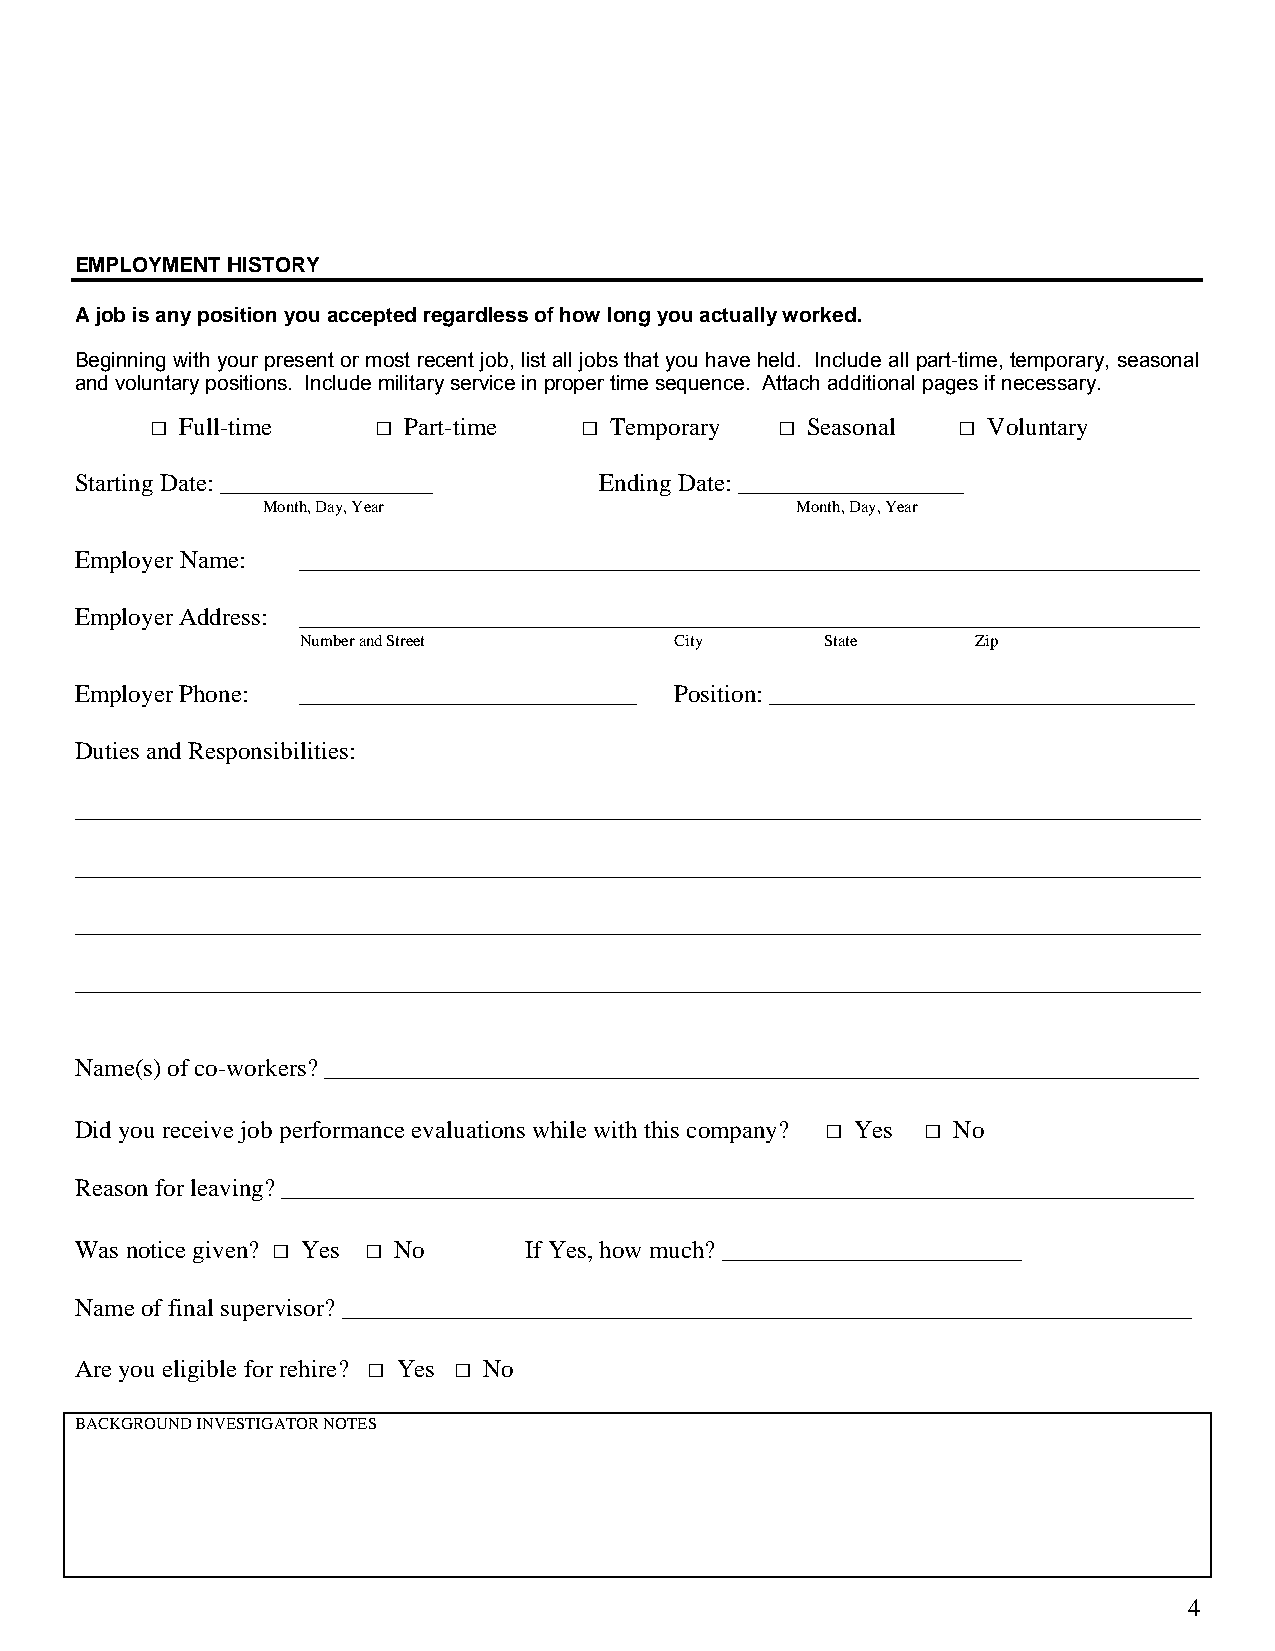
EMPLOYMENT HISTORY
 A job is any position you accepted regardless of how long you actually worked.
 Beginning with your present or most recent job, list all jobs that you have held. Include all part-time, temporary, seasonal
 and voluntary positions. Include military service in proper time sequence. Attach additional pages if necessary.
 □ Full-time    □ Part-time  □ Temporary  □ Seasonal  □ Voluntary
 Starting Date: _________________   Ending Date: __________________
 Month, Day, Year                    Month, Day, Year
 Employer Name: ________________________________________________________________________
 Employer Address: ________________________________________________________________________
 Number and Street        City      State     Zip
 Employer Phone: ___________________________ Position: __________________________________
 Duties and Responsibilities:
 __________________________________________________________________________________________
 __________________________________________________________________________________________
 __________________________________________________________________________________________
 __________________________________________________________________________________________
 Name(s) of co-workers? ______________________________________________________________________
 Did you receive job performance evaluations while with this company? □ Yes □ No
 Reason for leaving? _________________________________________________________________________
 Was notice given? □ Yes □ No  If Yes, how much? ________________________
 Name of final supervisor? ____________________________________________________________________
 Are you eligible for rehire? □ Yes □ No
 BACKGROUND INVESTIGATOR NOTES
 4